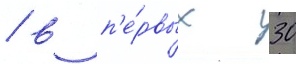
/ в п'е́рвых 30